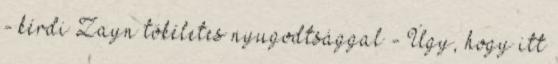
- kérdi Zayn tökéletes nyugodtsággal - Úgy, hogy itt